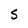
Character: S